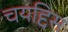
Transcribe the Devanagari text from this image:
चयद्दिस